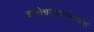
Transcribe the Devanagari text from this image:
ज्ञानेश्वरीपारायणास